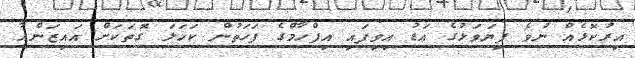
އިރުކޮޅެއް ނުވެ ފިޔަވަޅުގެ އަޑު އިވިފައި އިފްހާމްގެ ފަހަތުން ކަހަލަ ގޮތަކަށް އައިޒަންއާ